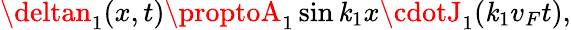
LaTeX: {\deltan_{1}(x,t)\proptoA_{1}\sin\mathit{k}_{1}x\cdotJ_{1}(\mathit{k}_{1}v_{F}t)},